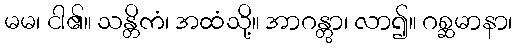
မမ၊ ငါ၏။ သန္တိကံ၊ အထံသို့။ အာဂန္တွာ၊ လာ၍။ ဂစ္ဆမာနာ၊